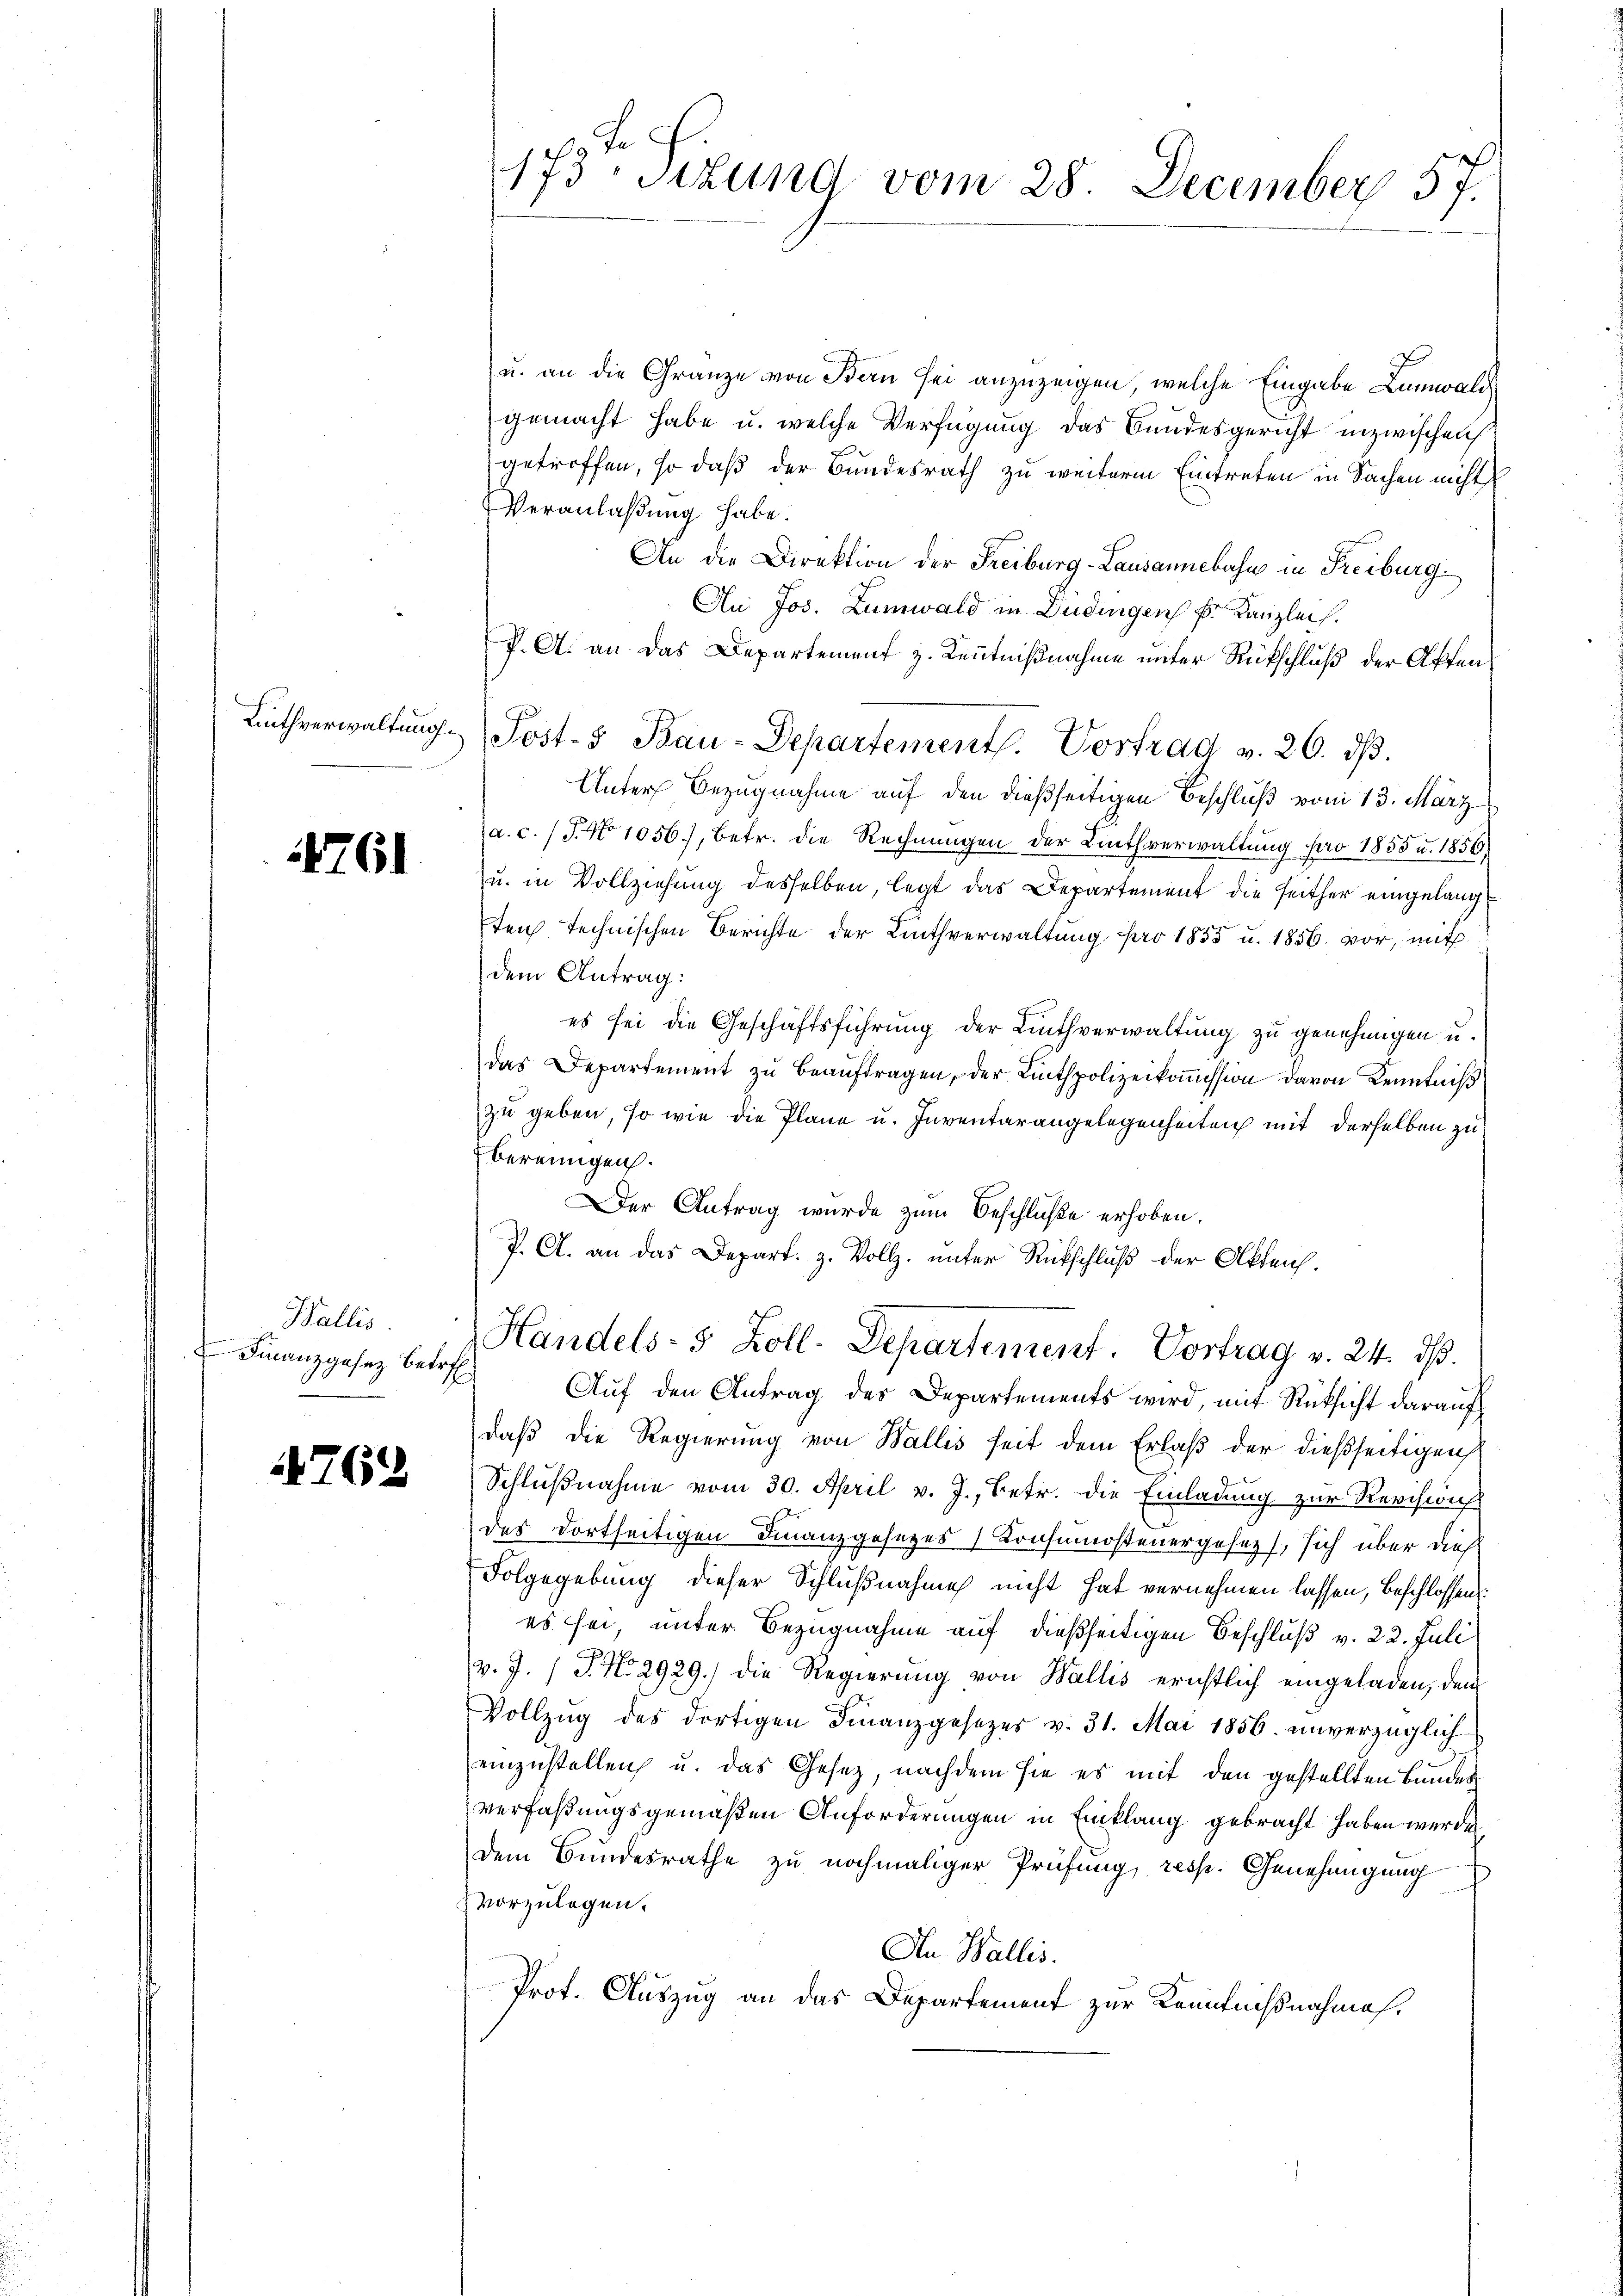
Kuthverwaltung.

1761

Wallis
 Finanzgesetz betref

762

173 Sitzung vom 28. December 57.

u. an die Gränze von Bern sei anzuzeigen, welche Eingabe Lumwald
gemacht habe u. welche Verfügung das Bundesgericht inzwischen
getroffen, so daß der Bundesrath zu weiterm Eintreten in Sachen nicht
Veranlaßung habe.
An die Direktion der Freiburg-Lausannebahn in Freiburg.
Au Jos. Lumwald in Düdingen Fr. Kanzlei.
P. A. an das Departement z. Kenntnißnahme unter Rückschluß der Affen
Post- & Bau-Departementl. Vortrag v. 26. dβ.
Unter Bezugnahme auf den dießseitigen Beschluß vom 13. März
a.c. (T. No 1056), betr. die Rechnungen der Linthverwaltung pro 1855 u. 1856
u. in Vollziehung desselben, legt das Departement die seither eingelangten technischen Berichte der Linthverwaltung pro 1855 u. 1856 vor, mit
dem Antrag:
es sei die Geschäftsführung der Linthverwaltung zu genehmigen u.
das Departement zu beauftragen, der Linthpolizeikoṁission davon Kenntniß
zu geben, so wie die Pläne u. Inventarangelegenheiten mit derselben zu
bereingen.
Der Antrag wurde zum Beschluße erhoben.
J. A. an das Depart. z. Vollz, unter Rückschluß der Ableich¬
Handels- 5 Zoll. Departement. Vortrag v. 24. ds.
Auf den Antrag des Departements wird, mit Rücksicht darauf
daß die Regierung von Wallis seit dem Erlaß der dießseitigen
Schlußnahme vom 30. April v. J., Betr. die Einladung zur Revision
des dortseitigen Finanzgesezes) Konsumostenergesezt, sich über dies
Folgegebung dieser Schlußnahme nicht hat vernehmen lassen, beschlossen:
es sei unter Bezugnahme auf dießseitigen Beschluß v. 22. Juli
v. J. / P. Nr. 2929.) die Regierung von Wallis erichtlich eingeladen, den
Vollzug des dortigen Finanzgesezes v. 31. Mai 1856 unverzüglich
einzustellen u. das Gesetz, nachdem sie es mit den gestellten Bundesverfaßungsgemäßen Anforderungen in Einklang gebracht haben werde
Dem Bundesrathe zu nochmaliger Prüfung, resp. Genehmigung
f
vorzulegen.
An Wallis.
Prof. Auszug an das Departement zur Kenntnißnahmes¬